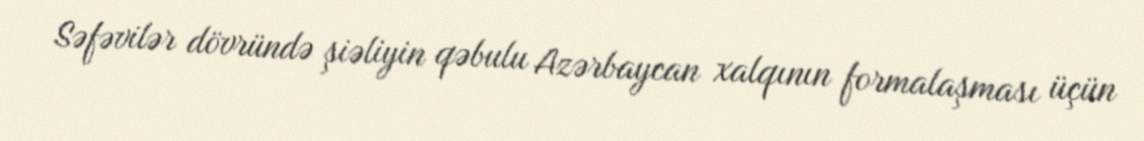
Səfəvilər dövründə şiəliyin qəbulu Azərbaycan xalqının formalaşması üçün